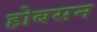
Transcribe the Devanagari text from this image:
होबसन